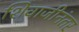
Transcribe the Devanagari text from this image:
शिवाजीनंतर